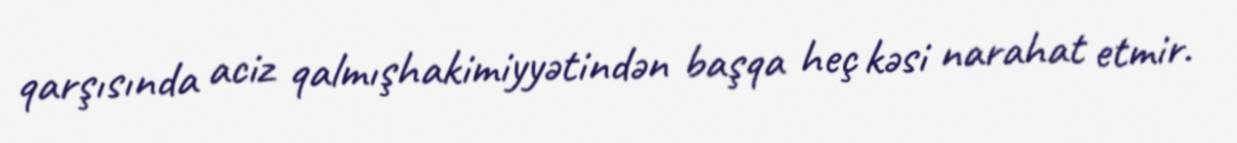
qarşısında aciz qalmışhakimiyyətindən başqa heç kəsi narahat etmir.